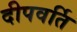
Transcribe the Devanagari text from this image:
दीपवर्ति